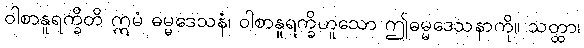
ဝါစာနူရက္ခိတိ ဣမံ ဓမ္မဒေသနံ၊ ဝါစာနူရက္ခိဟူသော ဤဓမ္မဒေသနာကို။ သတ္ထာ၊